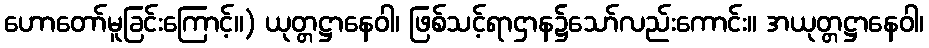
ဟောတော်မူခြင်းကြောင့်။) ယုတ္တဋ္ဌာနေဝါ၊ ဖြစ်သင့်ရာဌာန၌သော်လည်းကောင်း။ အယုတ္တဋ္ဌာနေဝါ၊